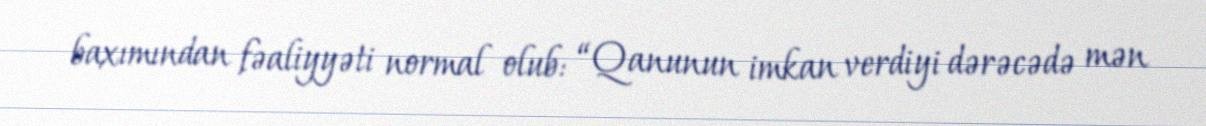
baxımından fəaliyyəti normal olub: “Qanunun imkan verdiyi dərəcədə mən